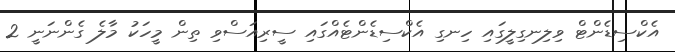
އެކްސިޑެންޓް ވިލިނގިލީގައި ހިނގި އެކްސިޑެންޓެއްގައި ސީރިއަސްވި ތިން މީހަކު މާލެ ގެންނަނީ 2